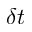
\delta t